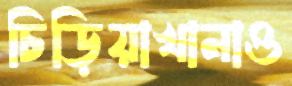
চিড়িয়াখানাও